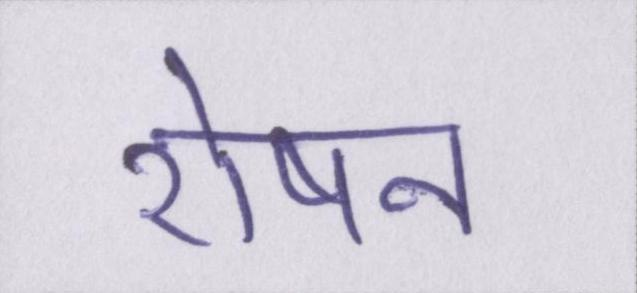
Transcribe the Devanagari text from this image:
रोषन